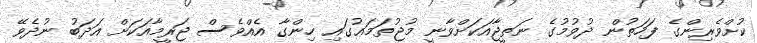
ކުށްވެރިންގެ ފަހަތުން ދުވުމުގެ ނަތީޖާއަކަށްވާނީ މުޖުތަމަޢުގައި ހިންގާ އެއްވެސް ޖަރީމާއަކަށް އަދަބު ނުދެވޭ